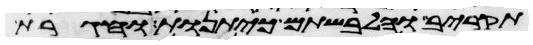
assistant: תקריב והלבשתם כיתנות וחגרת